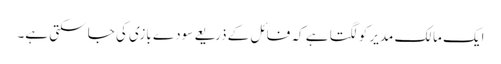
ایک مالک مدیر کو لگتا ہے کہ فائل کے ذریعے سودے بازی کی جا سکتی ہے۔